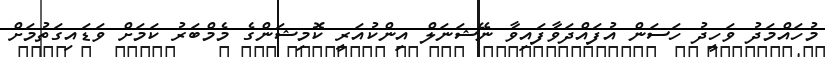
މުހައްމަދު ވަހީދު ހަސަން އުފައްދަވާފައިވާ ނޭޝަނަލް އިންކުއަރީ ކޮމިޝަންގެ މެމްބަރު ކަމަށް ވަޑައިގަތުމަށް